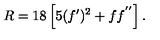
R = 1 8 \left[ 5 ( f ^ { \prime } ) ^ { 2 } + f f ^ { ' ^ { \prime } } \right] .